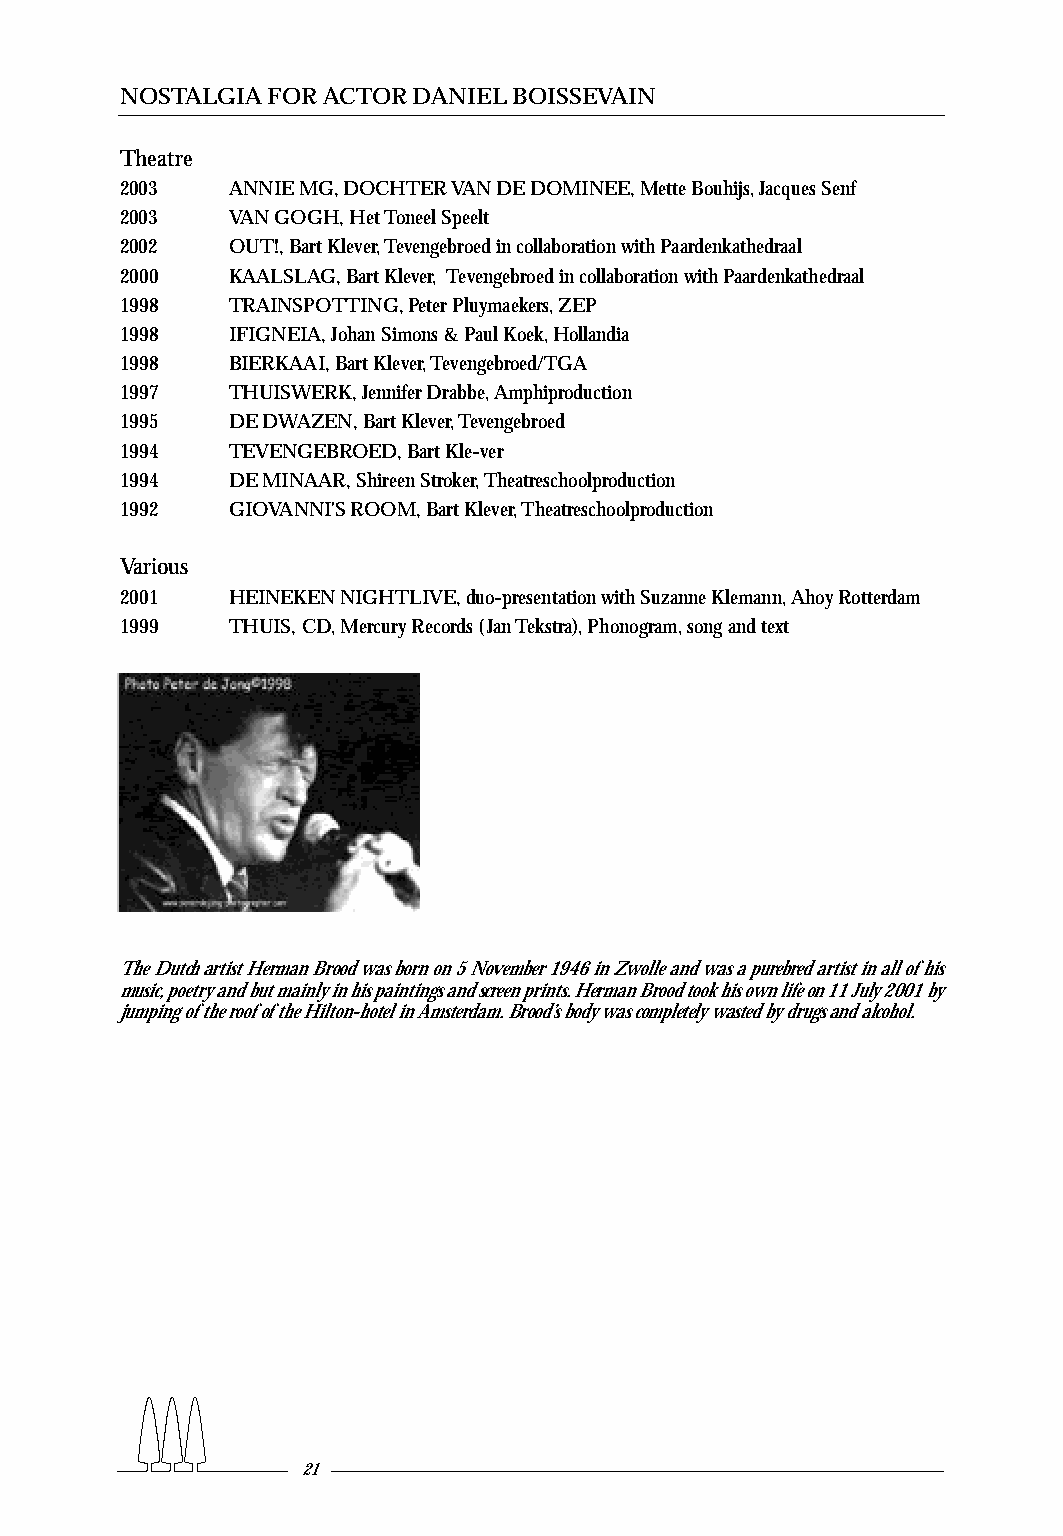
NOSTALGIA FOR ACTOR DANIEL BOISSEVAIN
 Theatre
 2003   ANNIE MG,DOCHTER VAN DE DOMINEE,Mette Bouhijs,Jacques Senf
 2003   VAN GOGH,Het Toneel Speelt
 2002   OUT!,Bart Klever,Tevengebroed in collaboration with Paardenkathedraal
 2000   KAALSLAG,Bart Klever, Tevengebroed in collaboration with Paardenkathedraal
 1998   TRAINSPOTTING,Peter Pluymaekers,ZEP
 1998   IFIGNEIA,Johan Simons & Paul Koek,Hollandia
 1998   BIERKAAI,Bart Klever,Tevengebroed/TGA
 1997   THUISWERK,Jennifer Drabbe,Amphiproduction
 1995   DE DWAZEN,Bart Klever,Tevengebroed
 1994   TEVENGEBROED,Bart Kle-ver
 1994   DE MINAAR,Shireen Stroker,Theatreschoolproduction
 1992   GIOVANNI'S ROOM,Bart Klever,Theatreschoolproduction
 Various
 2001   HEINEKEN NIGHTLIVE,duo-presentation with Suzanne Klemann,Ahoy Rotterdam
 1999   THUIS,CD,Mercury Records (Jan Tekstra),Phonogram,song and text
 The Dutch artist Herman Brood was born on 5 November 1946 in Zwolle and was a purebred artist in all ofhis
 music,poetry and but mainly in his paintings and screen prints.Herman Brood took his own life on 11 July 2001 by
 jumping ofthe roofofthe Hilton-hotel in Amsterdam.Brood’s body was completely wasted by drugs and alcohol.
 21